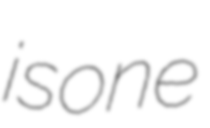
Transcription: is one